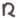
Text: R